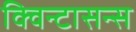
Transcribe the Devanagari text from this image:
क्विन्टासन्स